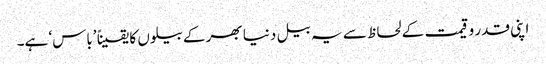
اپنی قدر و قیمت کے لحاظ سے یہ بیل دنیا بھر کے بیلوں کا یقیناً ’باس‘ ہے۔